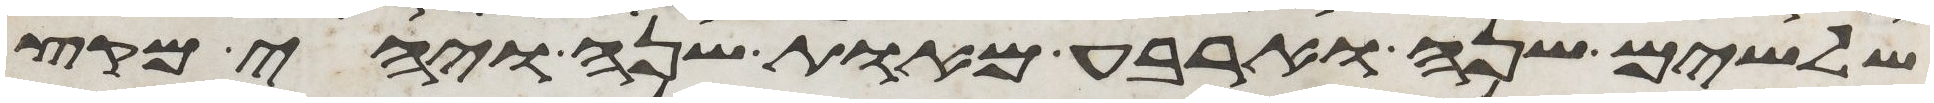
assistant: שלשים שנה וארבע מאות שנה ויהי מקץ